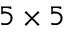
5 \times 5